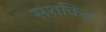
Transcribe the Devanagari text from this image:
संशकित